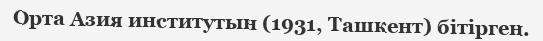
Орта Азия институтын (1931, Ташкент) бітірген.